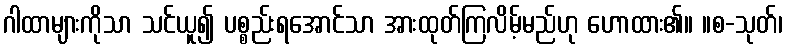
ဂါထာများကိုသာ သင်ယူ၍ ပစ္စည်းရအောင်သာ အားထုတ်ကြလိမ့်မည်ဟု ဟောထား၏။ ။စ-သုတ်၊